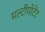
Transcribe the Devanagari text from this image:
मल्टीपोटेंट